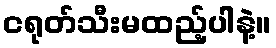
ငရုတ်သီးမထည့်ပါနဲ့။